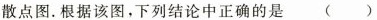
散点图。根据该图，下列结论中正确的是 ( )